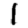
Digit: 1